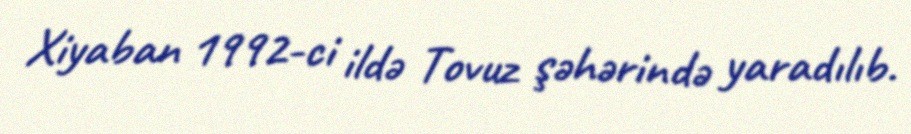
Xiyaban 1992-ci ildə Tovuz şəhərində yaradılıb.